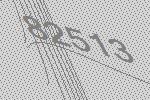
82513